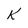
Character: K